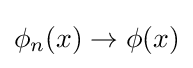
\phi _{n}(x)\to \phi (x)